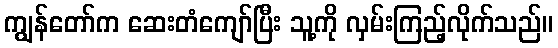
ကျွန်တော်က ဆေးတံကျော်ပြီး သူ့ကို လှမ်းကြည့်လိုက်သည်။